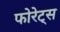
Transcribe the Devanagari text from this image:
फोरेट्स